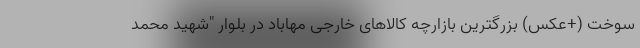
سوخت (+عکس) بزرگترین بازارچه کالاهای خارجی مهاباد در بلوار "شهید محمد